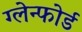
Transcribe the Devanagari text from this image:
ग्लेन्फोर्ड